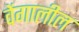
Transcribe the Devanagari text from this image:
वेंगालील